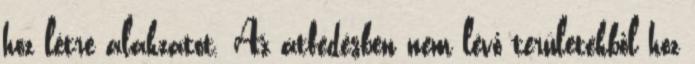
hoz létre alakzatot. Az átfedésben nem lévő területekből hoz